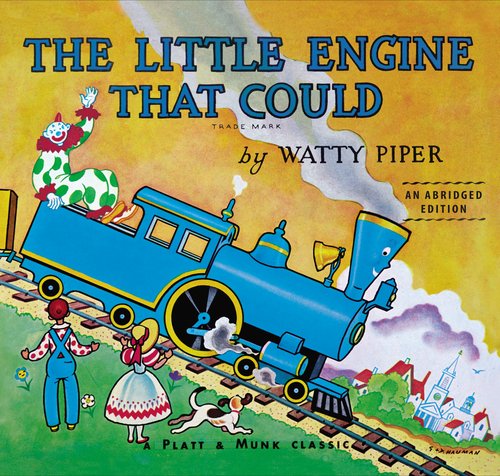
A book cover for The Little Engine That Could (Little Letters Edition); Watty Piper; Children's Books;